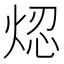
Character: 𤉃